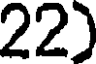
22)